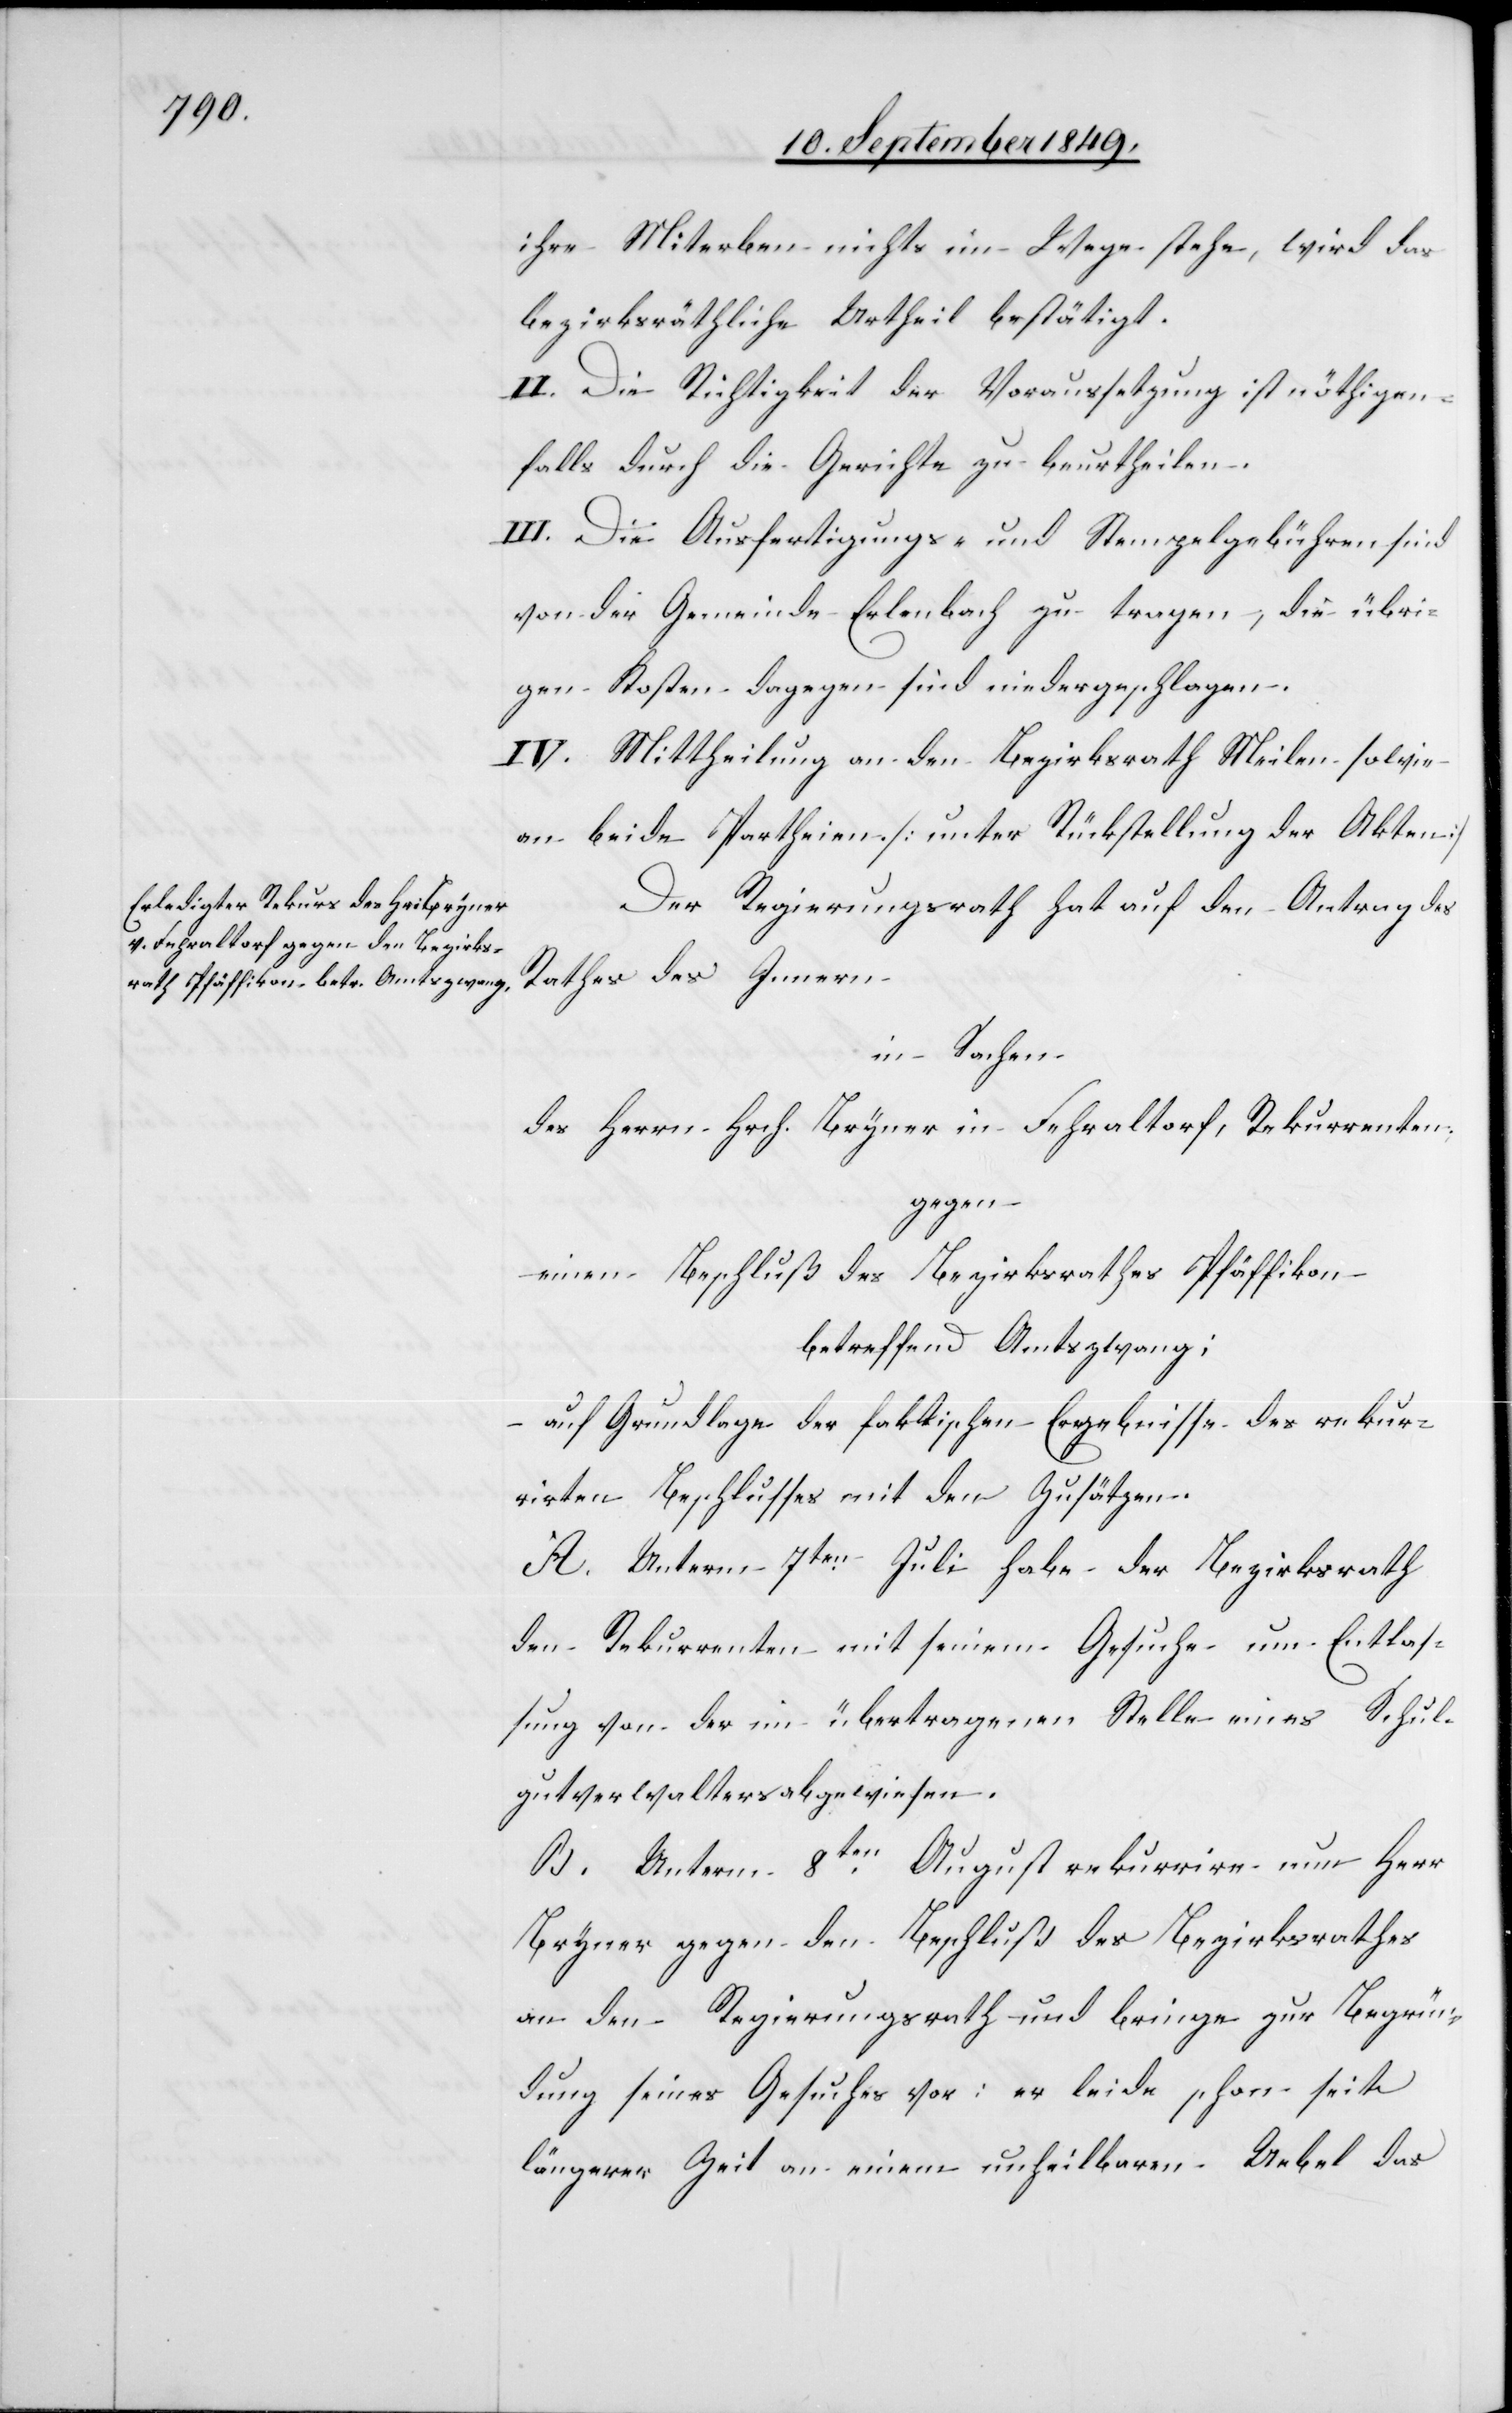
ihre Miterben nichts im Wege stehe, wird das
bezirksräthliche Urtheil bestätigt.
II. Die Richtigkeit der Voraussetzung ist nöthigen¬
falls durch die Gerichte zu beurtheilen.
III. Die Ausfertigungs- und Stempelgebühren sind
von der Gemeinde Erlenbach zu tragen, die übri¬
gen Kosten dagegen sind niedergeschlagen.
IV. Mittheilung an den Bezirksrath Meilen sowie
an beide Partheien. [unter Rückstellung der Akten]
Der Regierungsrath hat auf den Antrag des
Rathes des Innern
in Sachen
des Herrn Hrch. Bryner in Fehraltorf, Rekurrenten
gegen
einen Beschluß des Bezirksrathes Pfäffikon
betreffend Amtszwang:
auf Grundlage der faktischen Ergebnisse des rekur¬
rirten Beschlusses mit den Zusätzen.
A. Unterm 7ten Juli habe der Bezirksrath
den Rekurrenten mit seinem Gesuche um Entlas¬
sung von der i[h]m übertragenen Stelle eines Schul¬
gutsverwalters abgewiesen.
B. Unterm 8ten August rekurrire nun Herr
Bryner gegen den Beschluß des Bezirksrathes
an den Regierungsrath und bringe zur Begrün¬
dung seines Gesuches vor: er leide schon seit
längerer Zeit an einem unheilbaren Uebel das